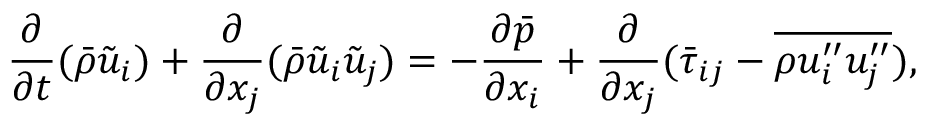
\frac { \partial } { \partial t } ( \Bar { \rho } \Tilde { u } _ { i } ) + \frac { \partial } { \partial x _ { j } } ( \Bar { \rho } \Tilde { u } _ { i } \Tilde { u } _ { j } ) = - \frac { \partial \Bar { p } } { \partial x _ { i } } + \frac { \partial } { \partial x _ { j } } ( \Bar { \tau } _ { i j } - \overline { { \rho u _ { i } ^ { \prime \prime } u _ { j } ^ { \prime \prime } } } ) ,